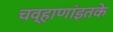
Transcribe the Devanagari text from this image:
चव्हाणांइतके